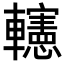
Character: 𨏥